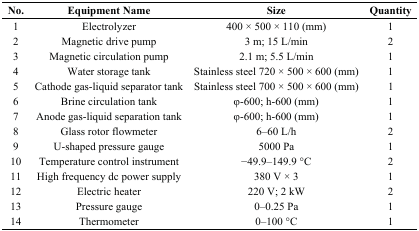
<table><thead><tr><td><b>No.</b></td><td><b>Equipment Name</b></td><td><b>Size</b></td><td><b>Quantity</b></td></tr></thead><tbody><tr><td>1</td><td>Electrolyzer</td><td>400 × 500 × 110 (mm)</td><td>1</td></tr><tr><td>2</td><td>Magnetic drive pump</td><td>3 m; 15 L/min</td><td>2</td></tr><tr><td>3</td><td>Magnetic circulation pump</td><td>2.1 m; 5.5 L/min</td><td>1</td></tr><tr><td>4</td><td>Water storage tank</td><td>Stainless steel 720 × 500 × 600 (mm)</td><td>1</td></tr><tr><td>5</td><td>Cathode gas-liquid separator tank</td><td>Stainless steel 700 × 500 × 600 (mm)</td><td>1</td></tr><tr><td>6</td><td>Brine circulation tank</td><td>φ-600; h-600 (mm)</td><td>1</td></tr><tr><td>7</td><td>Anode gas-liquid separation tank</td><td>φ-600; h-600 (mm)</td><td>1</td></tr><tr><td>8</td><td>Glass rotor flowmeter</td><td>6–60 L/h</td><td>2</td></tr><tr><td>9</td><td>U-shaped pressure gauge</td><td>5000 Pa</td><td>1</td></tr><tr><td>10</td><td>Temperature control instrument</td><td>−49.9–149.9 °C</td><td>2</td></tr><tr><td>11</td><td>High frequency dc power supply</td><td>380 V × 3</td><td>1</td></tr><tr><td>12</td><td>Electric heater</td><td>220 V; 2 kW</td><td>2</td></tr><tr><td>13</td><td>Pressure gauge</td><td>0–0.25 Pa</td><td>1</td></tr><tr><td>14</td><td>Thermometer</td><td>0–100 °C</td><td>1</td></tr></tbody></table>